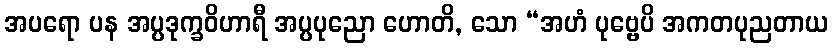
အပရော ပန အပ္ပဒုက္ခဝိဟာရီ အပ္ပပုညော ဟောတိ, သော “အဟံ ပုဗ္ဗေပိ အကတပုညတာယ